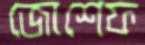
জোশেফ